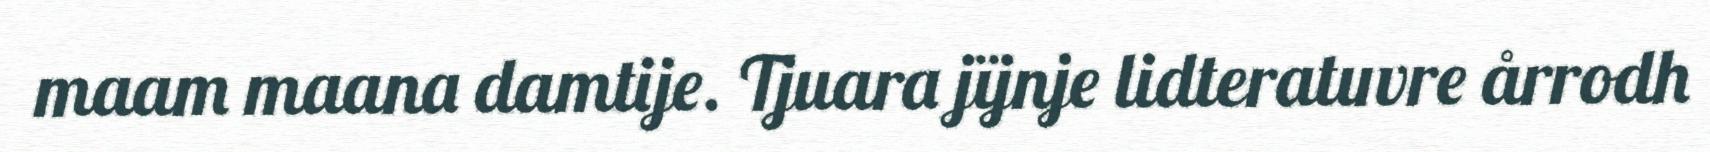
maam maana damtije. Tjuara jïjnje lidteratuvre årrodh